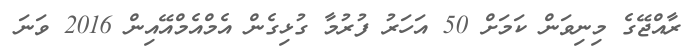
ރާއްޖޭގެ މިނިވަން ކަމަށް 50 އަހަރު ފުރުމާ ގުޅިގެން އެމްއެމްއޭއިން 2016 ވަނަ